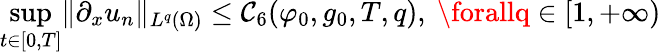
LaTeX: \operatorname*{sup}_{t\in[0,T]}\lVert\partial_{x}u_{n}\rVert_{L^{q}(\Omega)}\leq\mathcal{C}_{6}(\varphi_{0},g_{0},T,q),\ \forallq\in[1,+\infty)